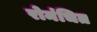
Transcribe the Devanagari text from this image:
रोमंचित